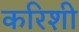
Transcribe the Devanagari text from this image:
करिशी